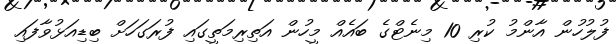
ފުލުހުން އާންމު ކުރި 10 މިނެޓްގެ ބައެއް މީހުން އަތިރިމަތީގައި ފުރަގަހަށް ބިޑިއަޅުވާފައި